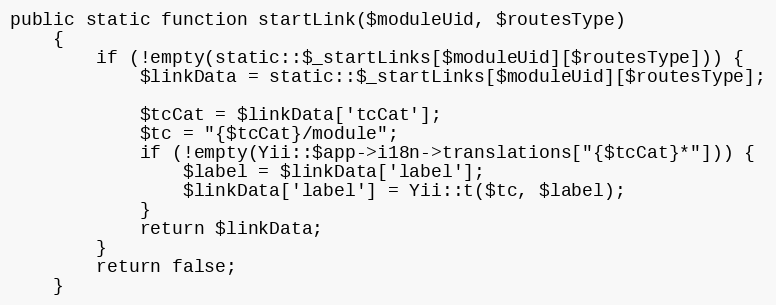
Language: PHP
public static function startLink($moduleUid, $routesType)
    {
        if (!empty(static::$_startLinks[$moduleUid][$routesType])) {
            $linkData = static::$_startLinks[$moduleUid][$routesType];

            $tcCat = $linkData['tcCat'];
            $tc = "{$tcCat}/module";
            if (!empty(Yii::$app->i18n->translations["{$tcCat}*"])) {
                $label = $linkData['label'];
                $linkData['label'] = Yii::t($tc, $label);
            }
            return $linkData;
        }
        return false;
    }